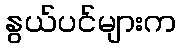
နွယ်ပင်များက